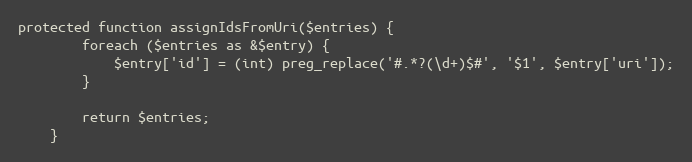
Language: PHP
protected function assignIdsFromUri($entries) {
        foreach ($entries as &$entry) {
            $entry['id'] = (int) preg_replace('#.*?(\d+)$#', '$1', $entry['uri']);
        }

        return $entries;
    }